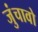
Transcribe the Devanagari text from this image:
जुंचावो